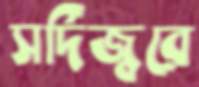
সর্দিজ্বরে